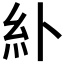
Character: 𫃚